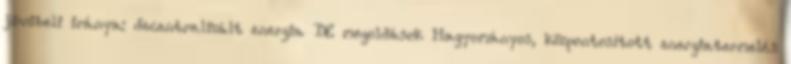
jövőbeli iránya: decentralizált energia DE megoldások Hagyományos, központosított energiatermelés